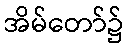
အိမ်တော်၌